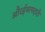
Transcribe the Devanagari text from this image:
औरईमानदारी